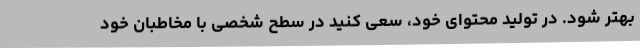
بهتر شود. در تولید محتوای خود، سعی کنید در سطح شخصی با مخاطبان خود